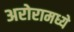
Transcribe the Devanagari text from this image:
अरोरामध्ये